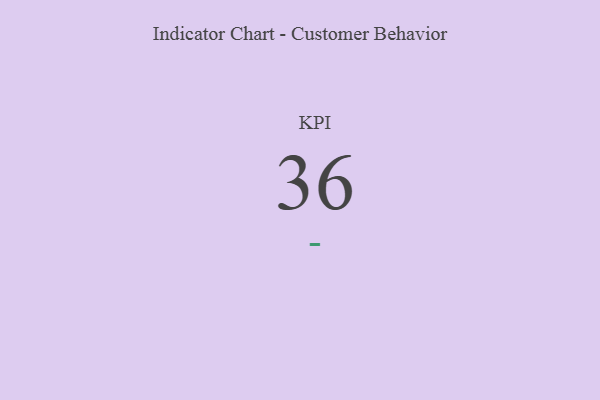
{"axis": {"x": "KPI", "y": "Value"}, "legend": [""], "data": [{"x": "KPI", "y": 36, "type": ""}]}